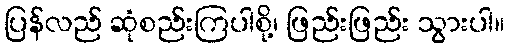
ပြန်လည် ဆုံစည်းကြပါစို့၊ ဖြည်းဖြည်း သွားပါ။